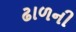
ઢાળની